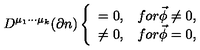
D ^ { \mu _ { 1 } \cdot \cdot \cdot \mu _ { k } } ( \partial n ) \left\{ \begin{array} { c c } { = 0 , } & { f o r \vec { \phi } \neq 0 , } \\ { \neq 0 , } & { f o r \vec { \phi } = 0 , } \\ \end{array} \right.